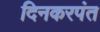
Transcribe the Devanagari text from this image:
दिनकरपंत